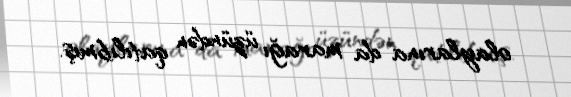
olaylarına da marağı üzündən qatılıbmış.